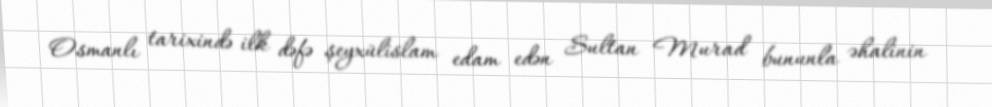
Osmanlı tarixində ilk dəfə şeyxülislam edam edən Sultan Murad bununla əhalinin